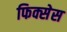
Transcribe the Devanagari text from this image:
फिक्सेस